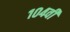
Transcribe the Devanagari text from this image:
१०४वी